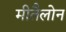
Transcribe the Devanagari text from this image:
मीतैलोन